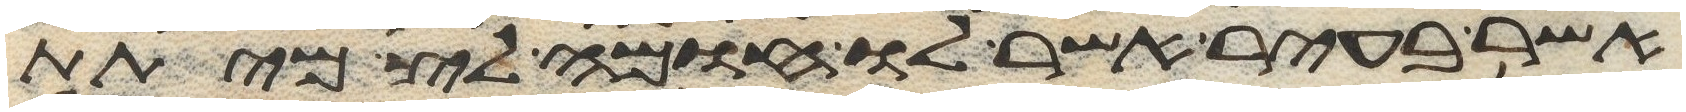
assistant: אשר בעיר אשר לו חומה לצמיתת